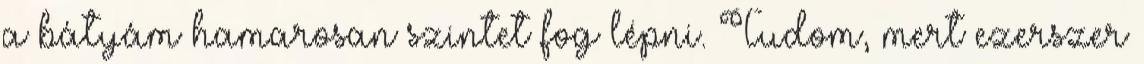
a bátyám hamarosan szintet fog lépni. Tudom, mert ezerszer